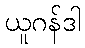
ယူဂန်ဒါ